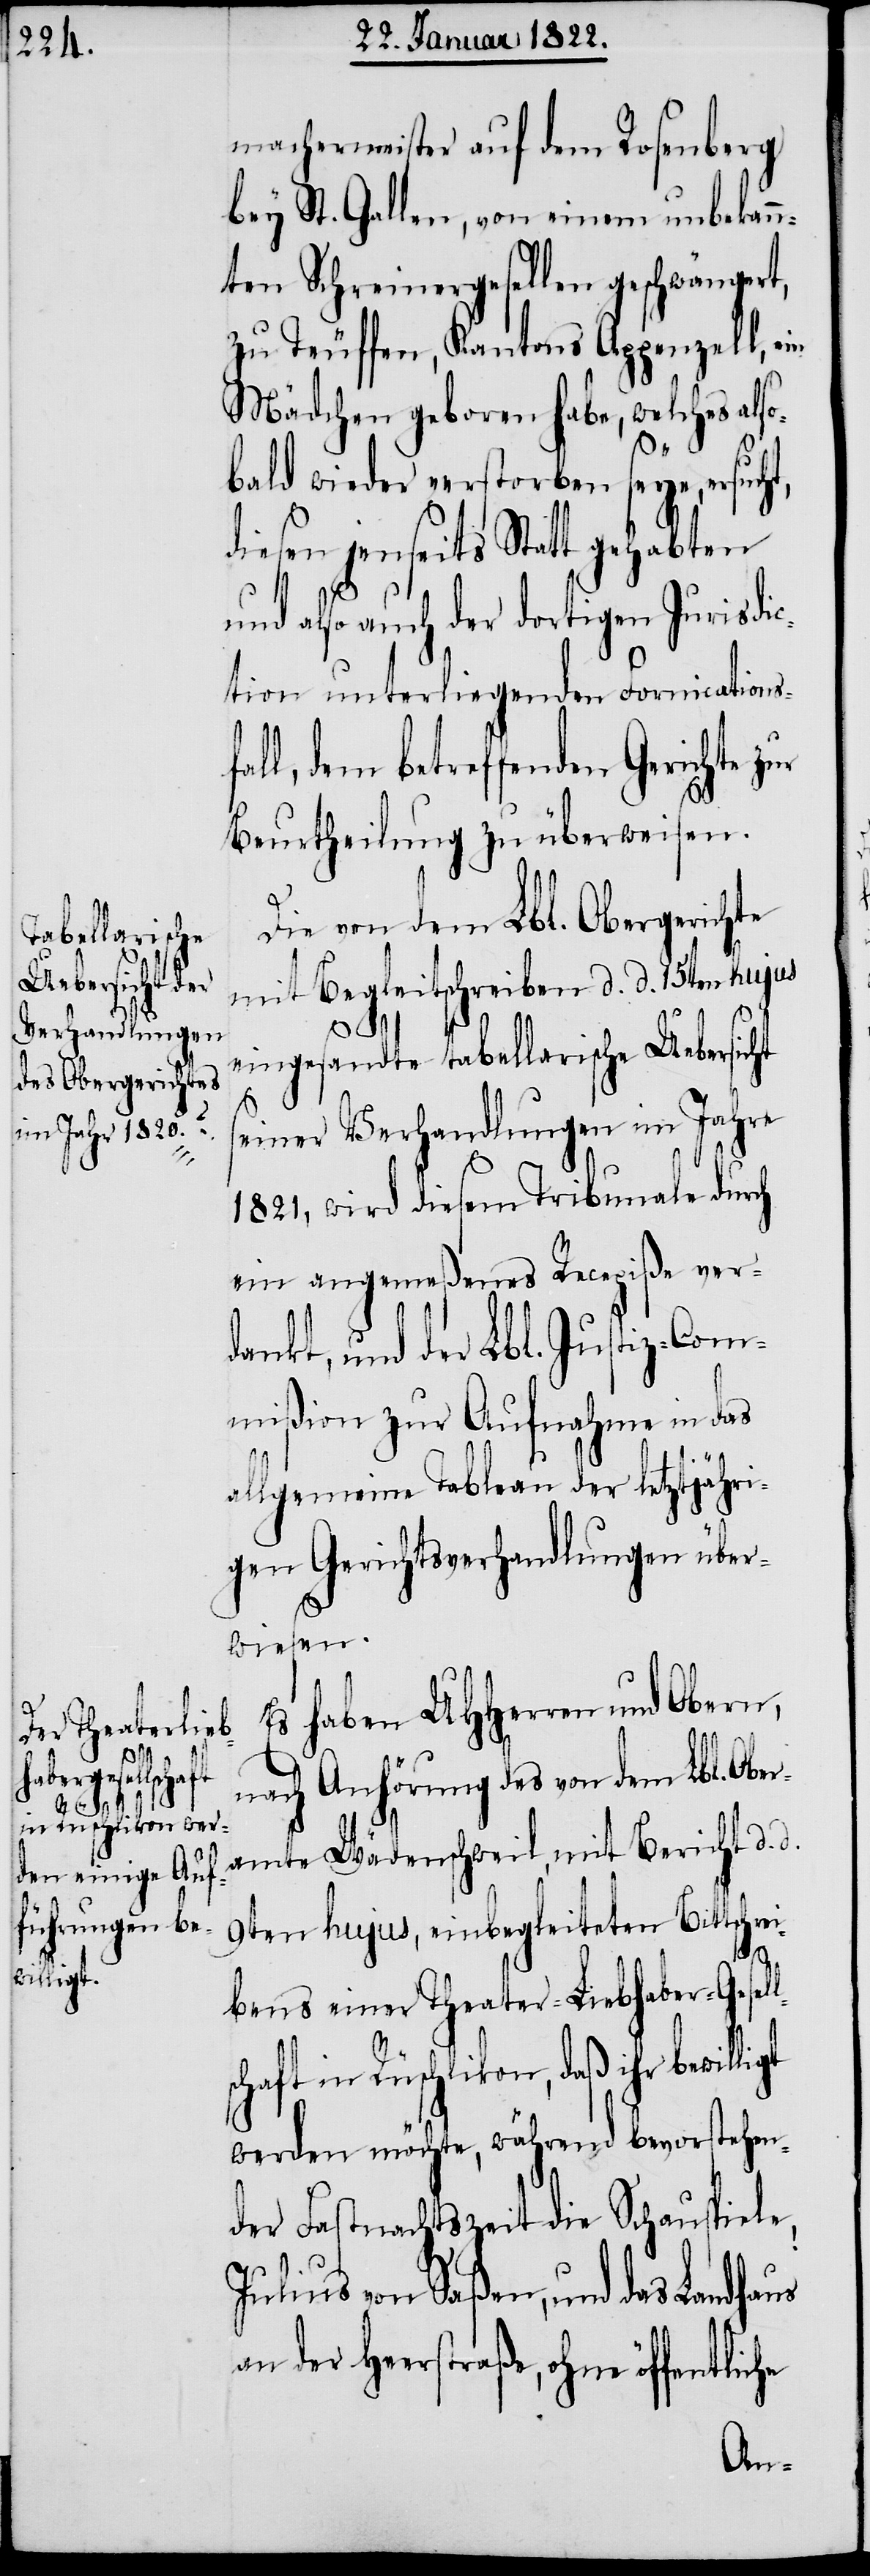
machermeister auf dem Rosenberg
bey St. Gallen, von einem unbekann¬
ten Schreinergesellen geschwängert,
zu Teuffen, Kantons Appenzell, ein
Mädchen geboren habe, welches als¬
obald wieder verstorben seye, ersuch¬
diesen jenseits Statt gehabten
liche
und also auch der dortigen Jurisdic¬
tion unterliegenden Fornications¬
l, dem betreffenden Gerichte
Beurtheilung zu überweisen.
Die von dem Lbl. Obergerichte
mit Begleitschreiben d. d. 15ten hujus
eingesandte tabellarische Uebersicht
seiner Verhandlungen im Jahre
1821, wird diesem Tribunale durch
ein angemeßenes Recepiße ver¬
dankt, und der Lbl. Justiz-Com¬
mißion zur Aufnahme in das
allgemeine Tableau der letztjähri¬
gen Gerichtsverhandlungen über¬
wiesen.
Es haben UHHerren und Obern,
nach Anhörung des von dem Lbl. Obe¬
ramte Wädenschweil, mit Bericht d.
d.
9ten hujus, einbegleiteten Bittschrei¬
t,
bens einer Theater-Liebhaber-Gesel¬
chaft in Rüschlikon, daß ihr bewilligt
werden möchte, während bevorstehen¬
der Fastnachtszeit die Schauspiele
Julius von Sachsen, und das Landhaus
an der Heerstraße, ohne öffent¬